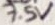
Text: 7.5V